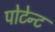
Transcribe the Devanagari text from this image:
पोटेन्ट